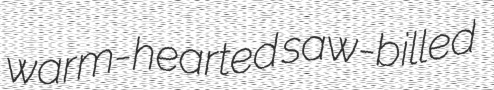
warm-hearted saw-billed